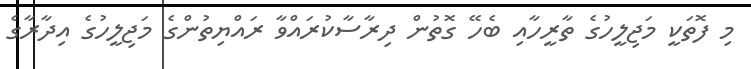
މި ފޮތަކީ މަޖިލީހުގެ ތާރީހާއި ބެހޭ ގޮތުން ދިރާސާކުރައްވާ ރައްޔިތުންގެ މަޖިލީހުގެ އިދާރާގެ